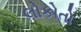
લોકોતો